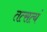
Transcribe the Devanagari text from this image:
तत्सत्यं